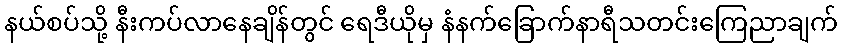
နယ်စပ်သို့ နီးကပ်လာနေချိန်တွင် ရေဒီယိုမှ နံနက်ခြောက်နာရီသတင်းကြေညာချက်